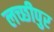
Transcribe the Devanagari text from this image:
लच्छीपुर